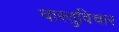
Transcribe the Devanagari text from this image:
वास्तुविचार